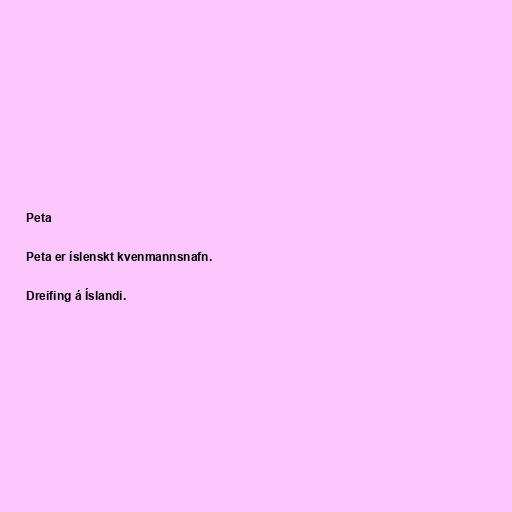
Peta

Peta er íslenskt kvenmannsnafn.

Dreifing á Íslandi.